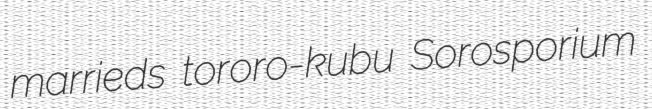
marrieds tororo-kubu Sorosporium